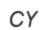
СҮ